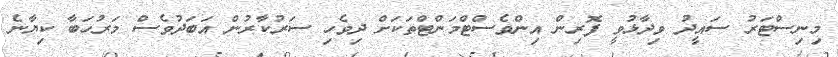
މިނިސްޓަރު ސައީދު ވިދާޅުވީ ފޮރިން އިންވެސްޓްމަންޓްތަކަށް ދިވެހި ސަރުކާރުން އަބަދުވެސް މަރުހަބާ ކިޔާނެ